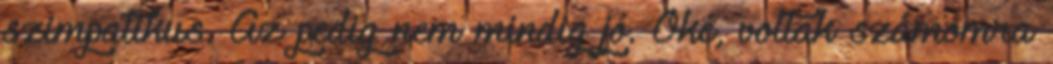
szimpatikus. Az pedig nem mindig jó. Oké, voltak számomra